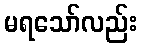
မရသော်လည်း